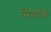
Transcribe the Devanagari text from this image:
सिवॉक